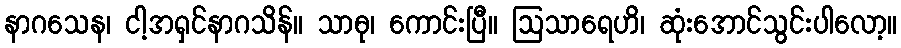
နာဂသေန၊ ငါ့အရှင်နာဂသိန်။ သာဓု၊ ကောင်းပြီ။ ဩသာရေဟိ၊ ဆုံးအောင်သွင်းပါလော့။